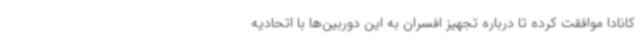
کانادا موافقت کرده تا درباره تجهیز افسران به این دوربین‌ها با اتحادیه